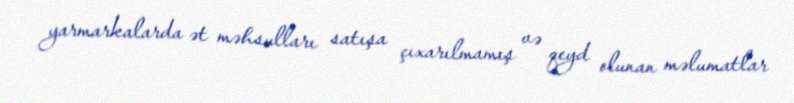
yarmarkalarda ət məhsulları satışa çıxarılmamış və qeyd olunan məlumatlar